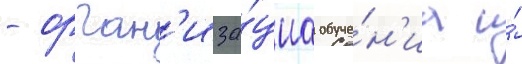
- орган'иза́циа обуче́н'иа и́